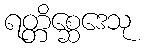
ရတ္တိစ္ဆေဒေသု